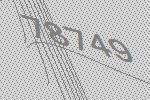
78749